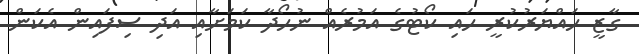
ގާޒީ ހައްޔަރުކުރީ ހައި ކޯޓުގެ އަމުރެއް ނުހޯދާ ކަމަށާއި އަދި ސިފައިން އެކަން